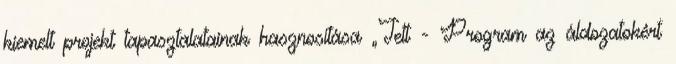
kiemelt projekt tapasztalatainak hasznosítása „Tett - Program az áldozatokért